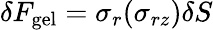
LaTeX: \delta F_{\mathrm{gel}}=\sigma_{r}(\sigma_{rz})\delta S